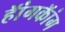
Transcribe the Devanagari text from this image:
हॅांगकॅांग